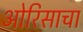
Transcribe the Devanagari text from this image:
ओरिसाचा